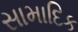
સામાદિક